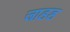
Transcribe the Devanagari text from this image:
जाडड